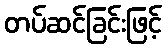
တပ်ဆင်ခြင်းဖြင့်